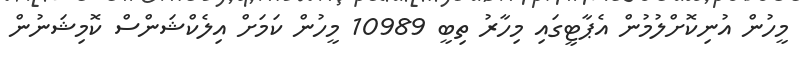
މީހުން އުނިކޮށްލުމުން އެޕާޓީގައި މިހާރު ތިބީ 10989 މީހުން ކަމަށް އިލެކްޝަންސް ކޮމިޝަނުން